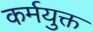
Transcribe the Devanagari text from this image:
कर्मयुक्त